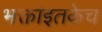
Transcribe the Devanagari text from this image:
भक्तांइतकेच